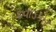
કવાડકોર